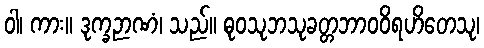
ဝါ၊ ကား။ ဒုက္ခဉာဏံ၊ သည်။ ဓုဝသုဘသုခတ္တဘာဝဝိရဟိတေသု၊